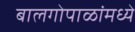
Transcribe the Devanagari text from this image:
बालगोपाळांमध्ये